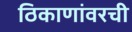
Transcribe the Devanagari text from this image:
ठिकाणांवरची